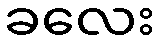
ခလေး